Report of an investigation into the causes of malaria in Bombay and the measures necessary for its control
Disease focus: Malaria
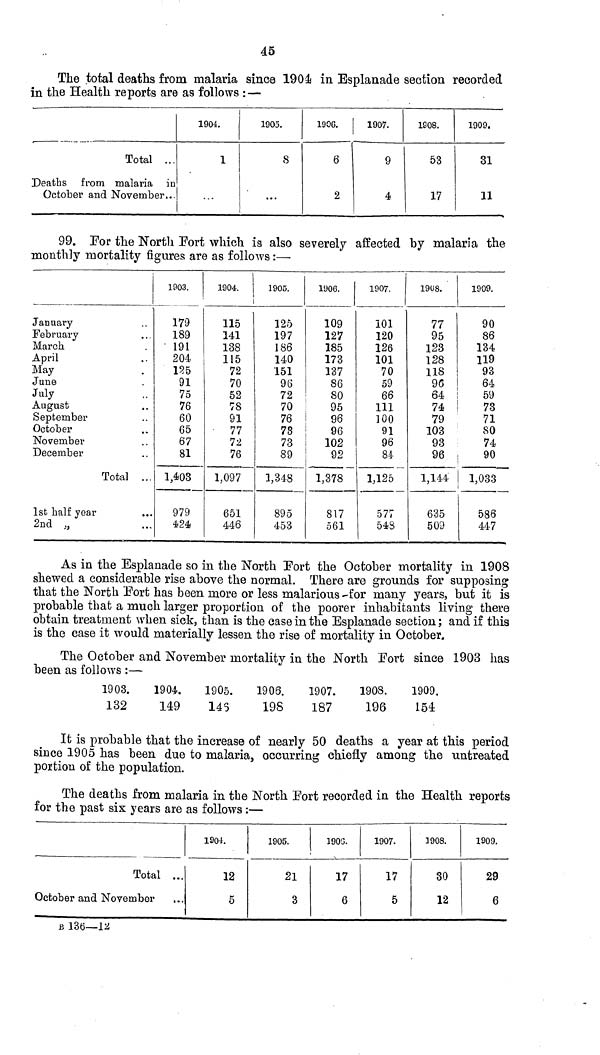
45
The total deaths from malaria since 1904 in Esplanade section recorded
in the Health reports are as follows : —
Total ...
Deaths from malaria in
October and November...
1904.
1
1905.
8
...
1906.
6
2
1907.
9
4
1908.
53
17
1909.
31
11
99. Por the North Port which is also severely affected by malaria the
monthly mortality figures are as follows :—
January
February
March
April
May
June
July
August
September
October
November
December
Total ...
1st half year
...
2nd »
1903.
179
189
191
204
125
91
75
76
60
65
67
81
1,403
979
424
1904.
115
141
138
115
72
70
52
78
91
77
72
76
1,097
651
446
1905.
125
197
186
140
151
96
72
70
76
78
73
89
1,348
895
453
1906.
109
127
185
173
137
86
80
95
96
96
102
92
1,378
817
561
1907.
101
120
126
101
70
59
66
111
100
91
96
84
1,125
577
548
19Ü8.
77
95
123
128
118
96
64
74
79
103
93
96
1,144
635
509
1909.
90
86
134
119
93
64
59
73
71
80
74
90
1,033
586
447
As in the Esplanade so in the North Port the October mortality in 1908
shewed a considerable rise above the normal. There are grounds for supposing
that the North Port has been more or less malarious for many years, but it is
probable that a much larger proportion of the poorer inhabitants living there
obtain treatment when sick, than is the case in the Esplanade section; and if this
is the case it would materially lessen the rise of mortality in October.
The October and November mortality in the North Port since 1903 has
been as follows :—
1903.
132
1904.
149
1905.
145
1906.
198
1907.
187
1908.
196
1909.
154
It is probable that the increase of nearly 50 deaths a year at this period
since 1905 has been due to malaria, occurring chiefly among the untreated
portion of the population.
The deaths from malaria in the North Port recorded in the Health reports
for the past six years are as follows :—
Total ...
October and November
1904.
12
5
1905.
21
3
1903.
17
6
1907.
17
5
1908.
80
12
1909.
29
6
B 136—12